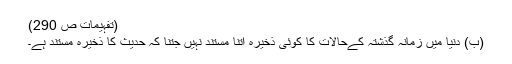
(تفہیمات ص 290)
(ب) دنیا میں زمانہ گذشتہ کےحالات کا کوئی ذخیرہ اتنا مستند نہیں جتنا کہ حدیث کا ذخیرہ مستند ہے۔